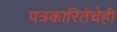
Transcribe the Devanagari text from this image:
पत्रकारितेचेही